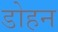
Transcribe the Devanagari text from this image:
डोहन